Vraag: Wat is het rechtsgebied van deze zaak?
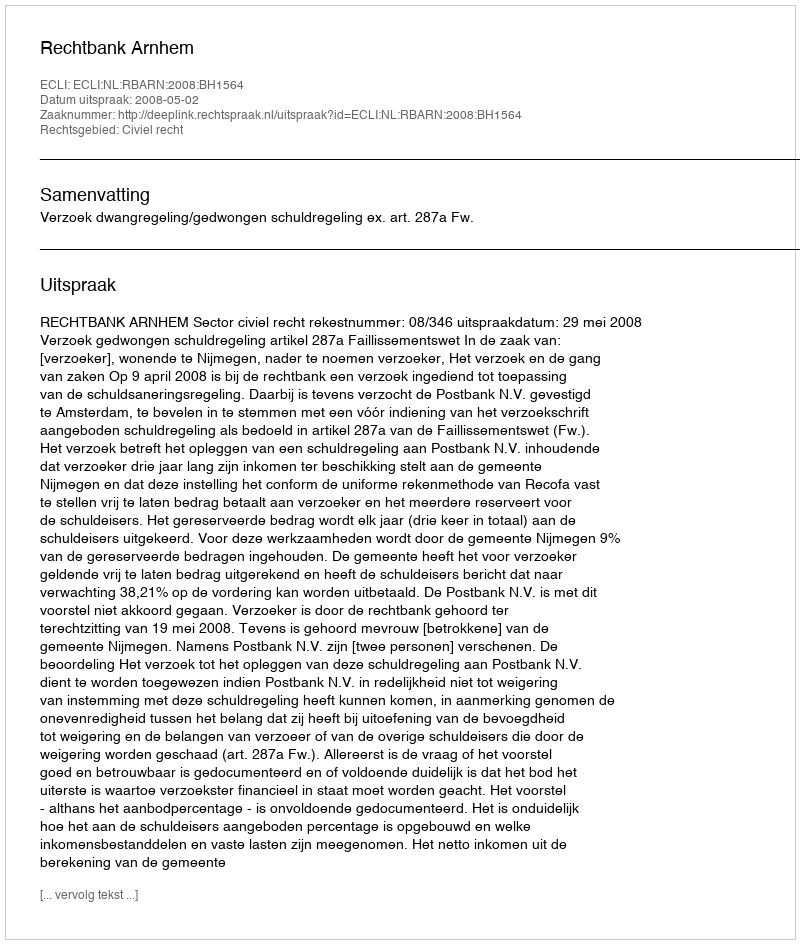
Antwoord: Civiel recht